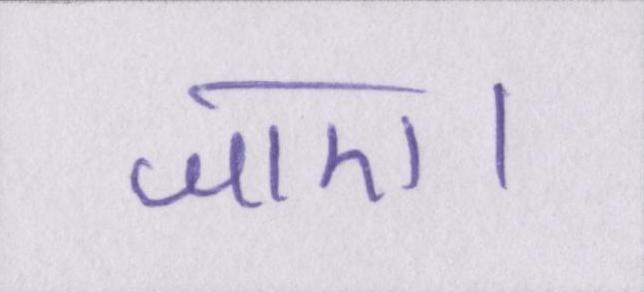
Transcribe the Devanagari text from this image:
जाए।